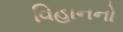
વિહાનનો